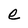
Character: e